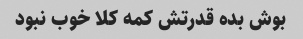
بوش بده قدرتش کمه کلا خوب نبود